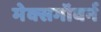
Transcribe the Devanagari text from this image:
मेक्सगॉवर्न